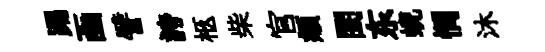
踢凾譬誇柩柴官頫閨东蜺惘沐